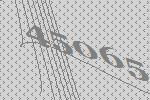
45065